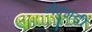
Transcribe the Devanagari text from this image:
नेदुंगडी